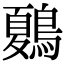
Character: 𪄂